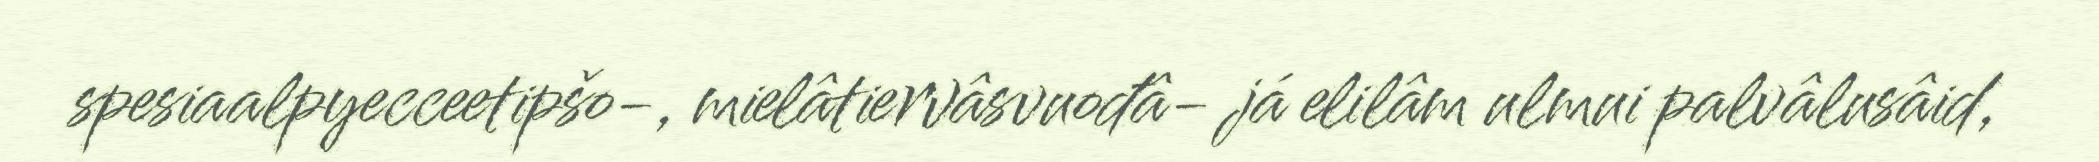
spesiaalpyecceetipšo-, mielâtiervâsvuođâ- já elilâm ulmui palvâlusâid,